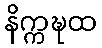
နိက္ကဍ္ဎထ